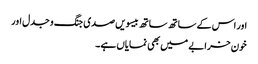
اور اس کے ساتھ ساتھ بیسویں صدی جنگ و جدل اور
خون خرابے میں بھی نمایاں ہے۔